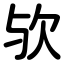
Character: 欤